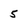
Character: 5